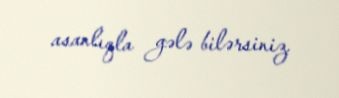
asanlıqla gələ bilərsiniz.